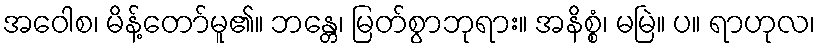
အဝေါစ၊ မိန့်တော်မူ၏။ ဘန္တေ၊ မြတ်စွာဘုရား။ အနိစ္စံ၊ မမြဲ။ ပ။ ရာဟုလ၊